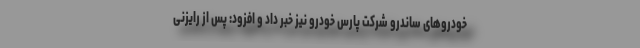
خودروهای ساندرو شرکت پارس خودرو نیز خبر داد و افزود: پس از رایزنی